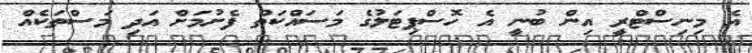
އެ މިނިސްޓްރީ އިން ބުނީ އެ ހޮސްޕިޓަލުގެ މަސައްކަތް ފެށުމަށް އަދި މަސްތަކެއް